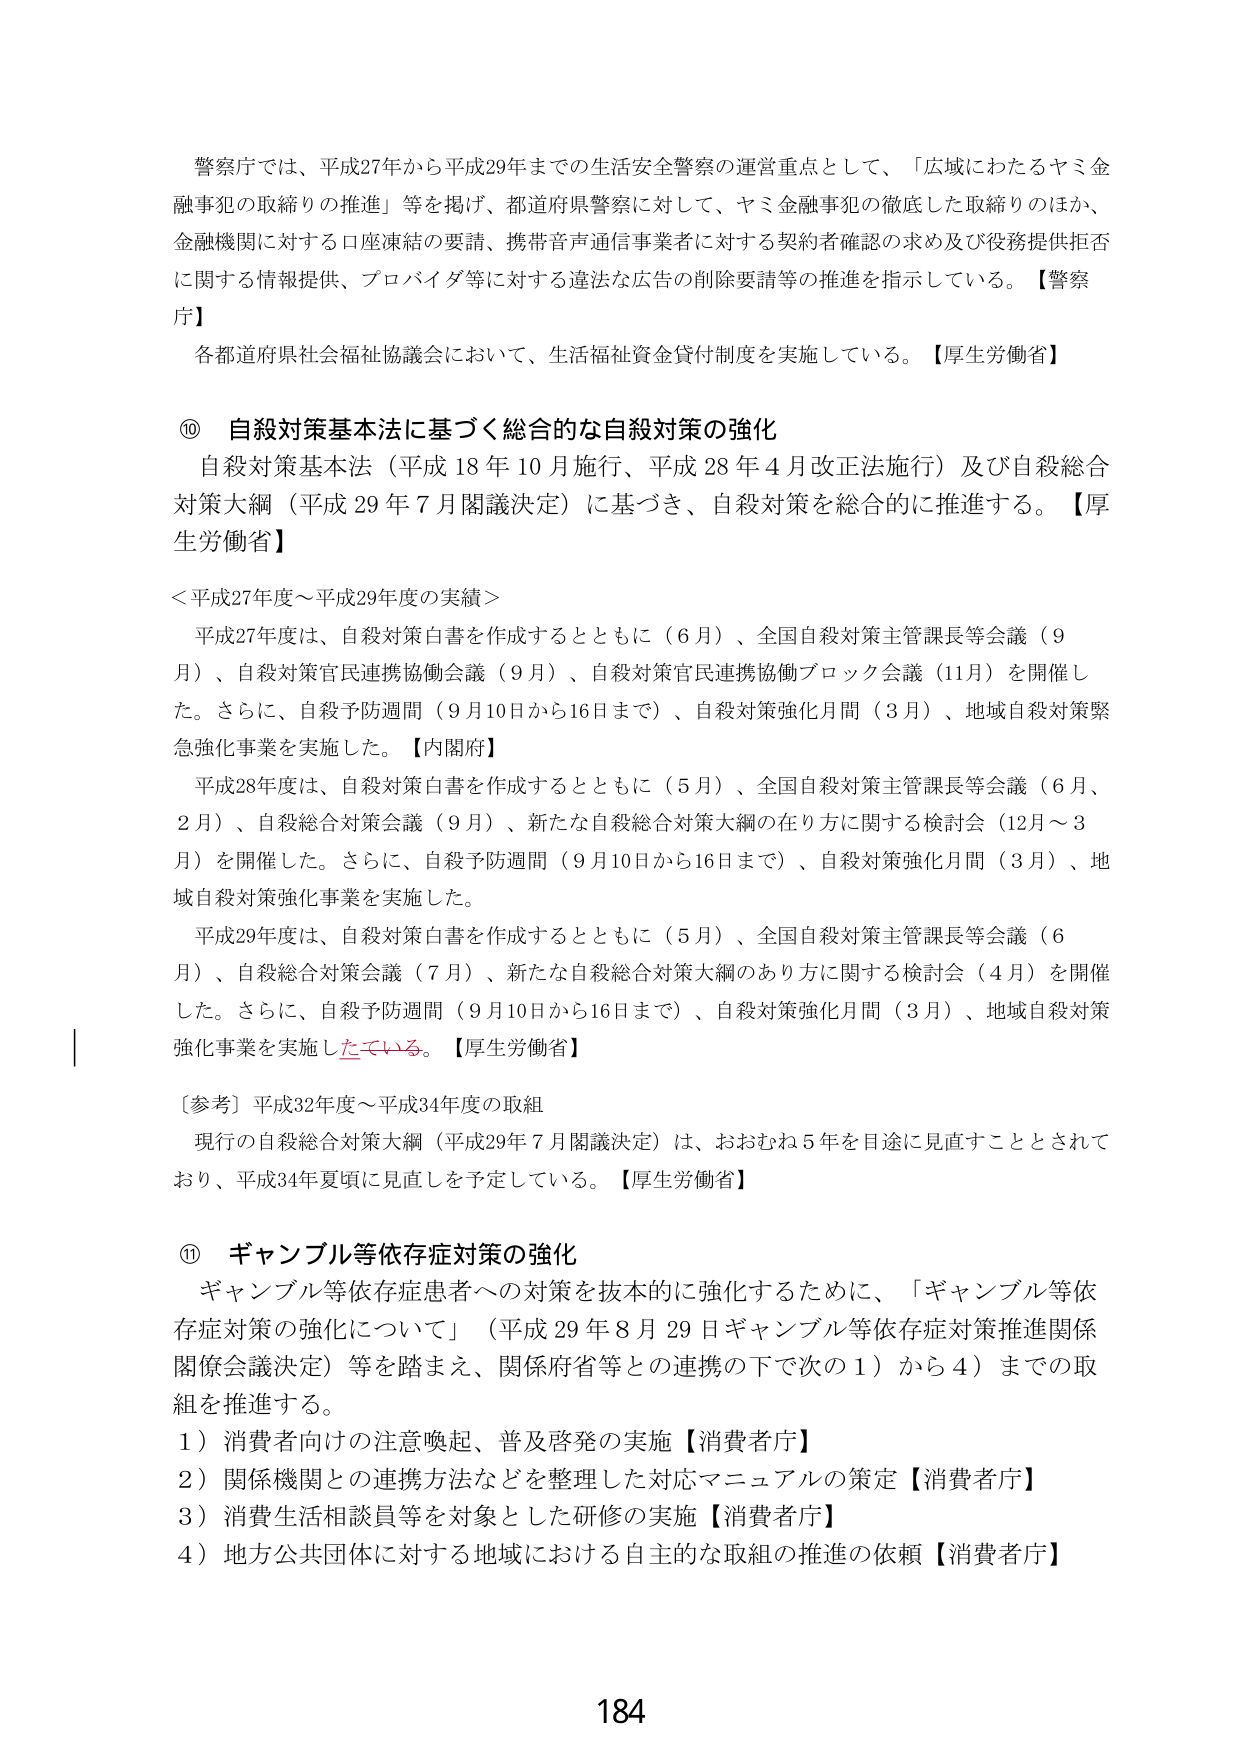
警察庁では、平成27年から平成29年までの生活安全警察の運営重点として、「広域にわたるヤミ金融事犯の取締りの推進」等を掲げ、都道府県警察に対して、ヤミ金融事犯の徹底した取締りのほか、金融機関に対する口座凍結の要請、携帯音声通信事業者に対する契約者確認の求め及び役務提供拒否に関する情報提供、プロバイダ等に対する違法な広告の削除要請等の推進を指示している。【警察庁】

各都道府県社会福祉協議会において、生活福祉資金貸付制度を実施している。【厚生労働省】

⑩ 自殺対策基本法に基づく総合的な自殺対策の強化
自殺対策基本法（平成18年10月施行、平成28年4月改正法施行）及び自殺総合対策大綱（平成29年7月閣議決定）に基づき、自殺対策を総合的に推進する。【厚生労働省】

＜平成27年度～平成29年度の実績＞
平成27年度は、自殺対策白書を作成するとともに（6月）、全国自殺対策主管課長等会議（9月）、自殺対策官民連携協働会議（9月）、自殺対策官民連携協働ブロック会議（11月）を開催した。さらに、自殺予防週間（9月10日から16日まで）、自殺対策強化月間（3月）、地域自殺対策緊急強化事業を実施した。【内閣府】

平成28年度は、自殺対策白書を作成するとともに（5月）、全国自殺対策主管課長等会議（6月、2月）、自殺総合対策会議（9月）、新たな自殺総合対策大綱の在り方に関する検討会（12月～3月）を開催した。さらに、自殺予防週間（9月10日から16日まで）、自殺対策強化月間（3月）、地域自殺対策強化事業を実施した。

平成29年度は、自殺対策白書を作成するとともに（5月）、全国自殺対策主管課長等会議（6月）、自殺総合対策会議（7月）、新たな自殺総合対策大綱のあり方に関する検討会（4月）を開催した。さらに、自殺予防週間（9月10日から16日まで）、自殺対策強化月間（3月）、地域自殺対策強化事業を実施している。【厚生労働省】

〔参考〕平成32年度～平成34年度の取組
現行の自殺総合対策大綱（平成29年7月閣議決定）は、おおむね5年を目途に見直すこととされており、平成34年夏頃に見直しを予定している。【厚生労働省】

⑪ ギャンブル等依存症対策の強化
ギャンブル等依存症患者への対策を抜本的に強化するために、「ギャンブル等依存症対策の強化について」（平成29年8月29日ギャンブル等依存症対策推進関係閣僚会議決定）等を踏まえ、関係府省等との連携の下で次の1）から4）までの取組を推進する。
1）消費者向けの注意喚起、普及啓発の実施【消費者庁】
2）関係機関との連携方法などを整理した対応マニュアルの策定【消費者庁】
3）消費生活相談員等を対象とした研修の実施【消費者庁】
4）地方公共団体に対する地域における自主的な取組の推進の依頼【消費者庁】

184